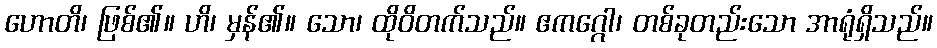
ဟောတိ၊ ဖြစ်၏။ ဟိ၊ မှန်၏။ သော၊ ထိုဝိတက်သည်။ ဧကဂ္ဂေါ၊ တစ်ခုတည်းသော အာရုံရှိသည်။